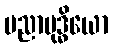
ပညာဗုဒ္ဓိယော